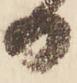
日